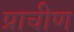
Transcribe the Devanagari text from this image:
प्राचीण